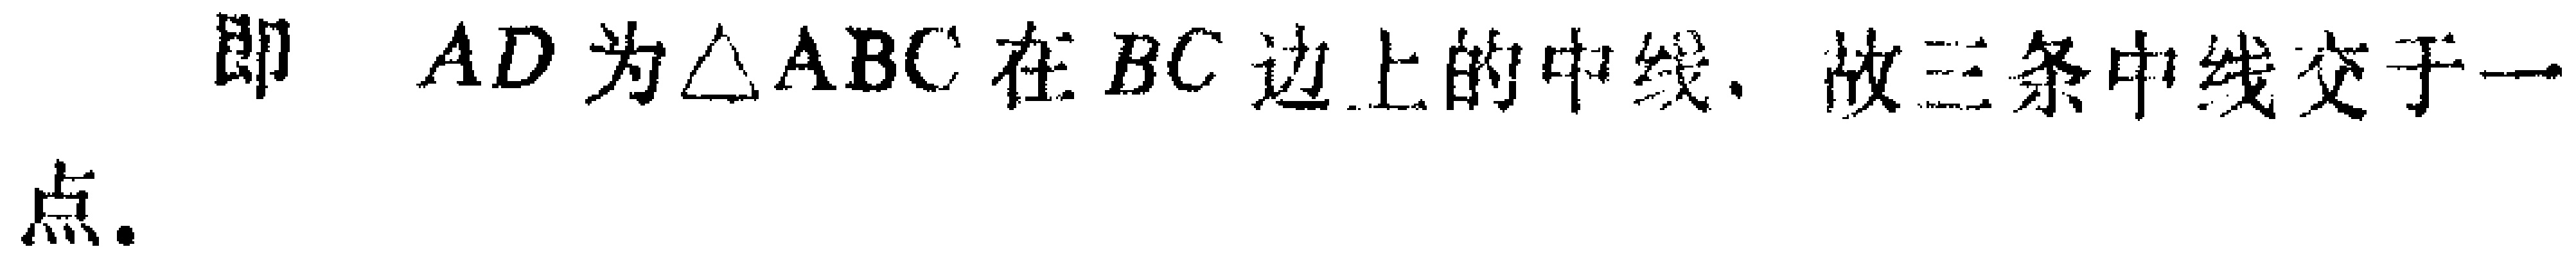
即 \(AD\) 为\(\triangle ABC\) 在 \(BC\) 边上的中线, 故三条中线交于一 点.